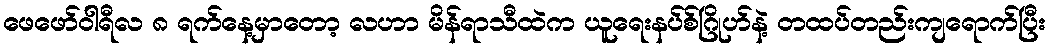
ဖေဖော်ဝါရီလ ၈ ရက်နေ့မှာတော့ လဟာ မိန်ရာသီထဲက ယူရေးနပ်စ်ဂြိုဟ်နဲ့ တထပ်တည်းကျရောက်ပြီး